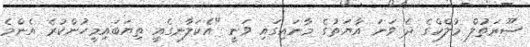
ސޫރަތުލް މުލްކްގެ ދެ ވަނަ އާޔަތުގެ މާނައިގައި ވަނީ "އެކަލާނގެއީ ތިޔަބައިމީހުންކުރެ އެންމެ